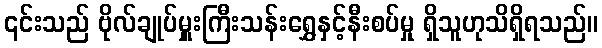
၎င်းသည် ဗိုလ်ချုပ်မှူးကြီးသန်းရွှေနှင့်နီးစပ်မှု ရှိသူဟုသိရှိရသည်။